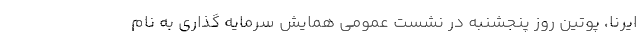
ایرنا، پوتین روز پنجشنبه در نشست عمومی همایش سرمایه گذاری به نام